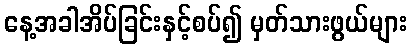
နေ့အခါအိပ်ခြင်းနှင့်စပ်၍ မှတ်သားဖွယ်များ